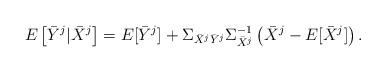
LaTeX: \begin{align*}E\left[ \bar{Y}^j | \bar{X} ^j \right] = E[\bar{Y}^j] + \Sigma_ {\bar{X}^j \bar{Y}^j} \Sigma _{\bar{X}^j} ^{-1} \left( \bar{X}^j - E [\bar{X}^j] \right). \end{align*}